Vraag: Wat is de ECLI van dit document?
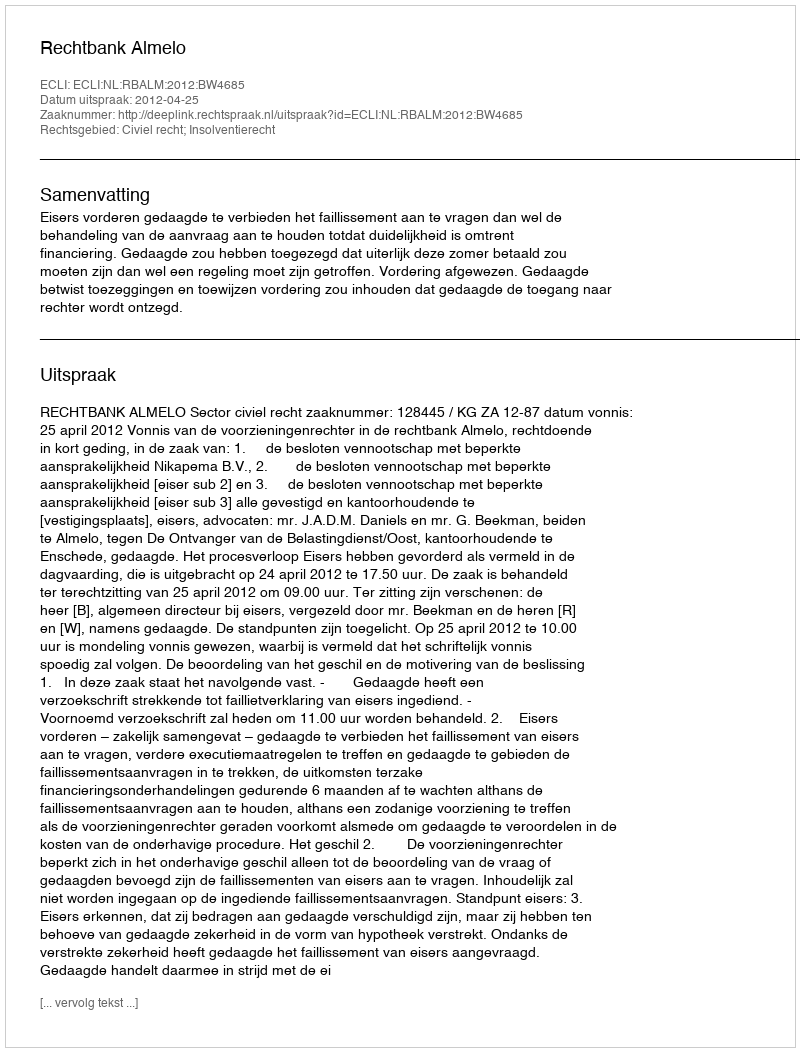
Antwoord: ECLI:NL:RBALM:2012:BW4685